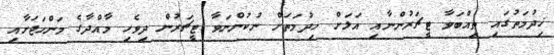
ޚިދުމަތުގައި ތިއްބަވާ ޓީޗަރުންނާއި އަލަށް ޚިދުމަތަށް ނުކުންނަވާ ޓީޗަރުން ދިވެހި މާއްދާގެ މަންހަޖަށާއި